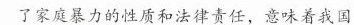
了家庭暴力的性质和法律责任，意味着我国